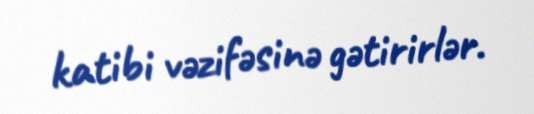
katibi vəzifəsinə gətirirlər.